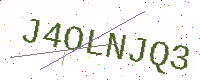
Text: J4OLNJQ3